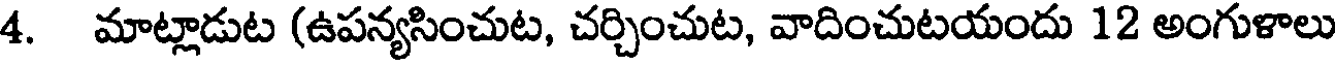
4. మాట్లాడుట (ఉపన్యసించుట, చర్చించుట, వాదించుటయందు 12 అంగుళాలు